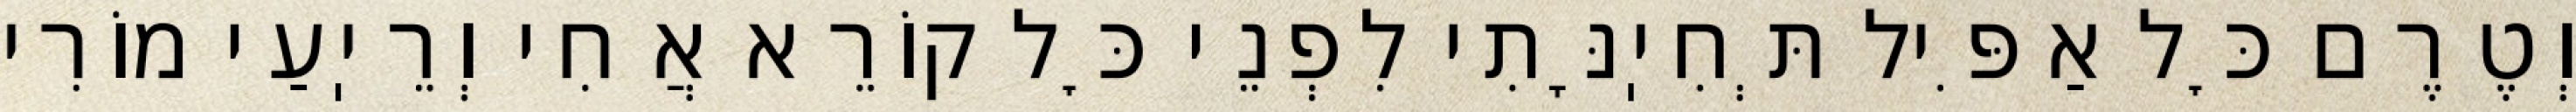
וְטֶרֶם כׇּל אַפִּיל תְּחִיֽנָּתִי לִפְנֵי כׇּל קוֹרֵא אֲחִי וְרֵיֽעַי מוֹרִי